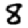
Digit: 8